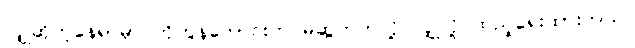
လျှိုဆိုတဲ့နေရာမှာ ကိုဘွန်ဟောင်းက မဆွဲတတ်လို့ လျှိုလို့ ထည့်ရေးထားတယ်။